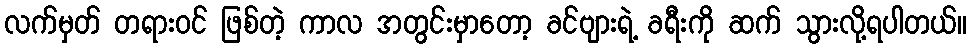
လက်မှတ် တရားဝင် ဖြစ်တဲ့ ကာလ အတွင်းမှာတော့ ခင်ဗျားရဲ့ ခရီးကို ဆက် သွားလို့ရပါတယ်။